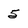
Character: 5